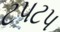
ટપટપ